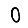
Digit: 0